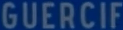
GUERCIF